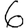
Digit: 6